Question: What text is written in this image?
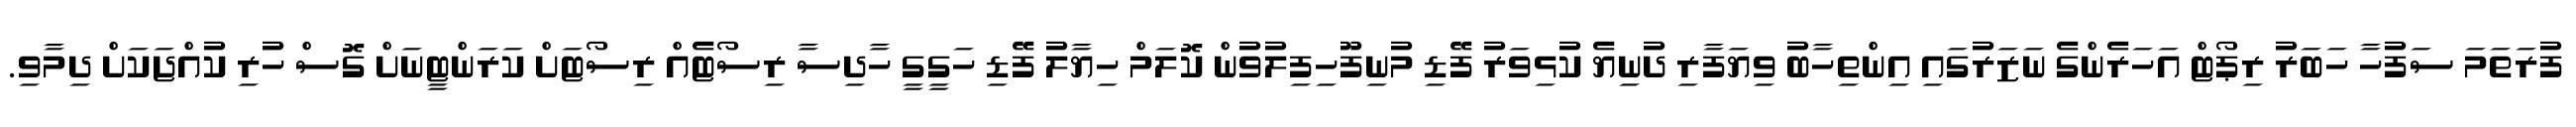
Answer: ފުރަތަމަ ސަފުހާ ހަބަރު ރިޕޯޓް އަހަރެންގެ ނަޒަރުގައި އިންތިހާބު ވިޔަފާރި ދުނިޔެ ކުޅިވަރު ފޭޑި މުނިފޫހިފިލުވުން ކޮލަމް ހިޔާލު ފޭޑި ހަގީގީ ހާދިސާ ރިސޯޓެއް ރިސޯޓަށް ކަރަންޓީނަށް ގޮސް ހުރި ކުއްޖަކަށް ދިމާވި.